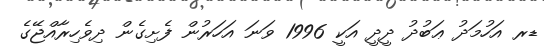
ޑރ އަހުމަދު ޢަބުދު ދީދީ އަކީ 1996 ވަނަ އަހަރުން ފެށިގެން ދިވެހިރާއްޖޭގެ